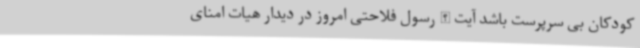
کودکان بی سرپرست باشد آیت الله رسول فلاحتی امروز در دیدار هیات امنای